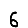
Digit: 6